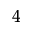
^ 4